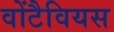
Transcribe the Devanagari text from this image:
वोंटैवियस